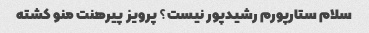
سلام ستارپورم رشیدپور نیست؟ پرویز پیرهنت منو کشته